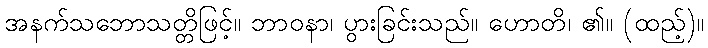
အနက်သဘောသတ္တိဖြင့်။ ဘာဝနာ၊ ပွားခြင်းသည်။ ဟောတိ၊ ၏။ (ထည့်)။